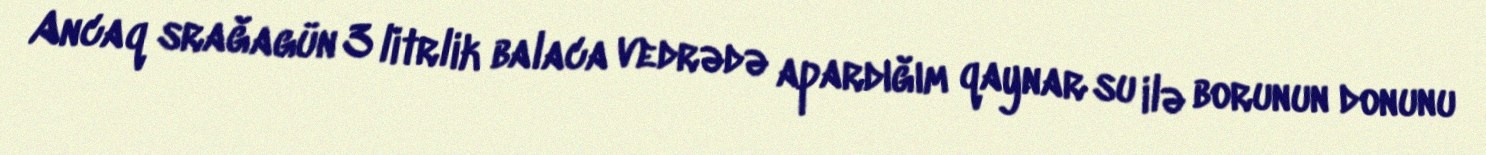
Ancaq srağagün 3 litrlik balaca vedrədə apardığım qaynar su ilə borunun donunu